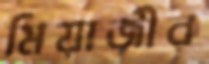
মিয়াজীর